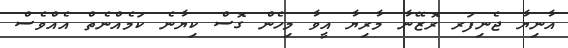
އާނިޔާ ޖެނިފަރ ރޮޒޭނާ މާރިޔާ އީވާ މިހެން ގޮސް ކިޔާނެ ކަމެއްނެތް އެއްވެސް